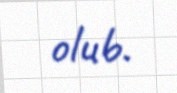
olub.